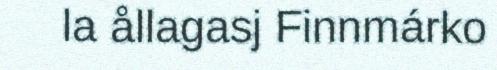
la ållagasj Finnmárko